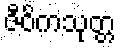
ဇီဝိကသုတ္တ